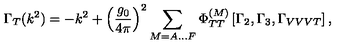
\Gamma _ { T } ( k ^ { 2 } ) = - k ^ { 2 } + \left( \frac { g _ { 0 } } { 4 \pi } \right) ^ { 2 } \sum _ { M = A \ldots F } \Phi _ { T T } ^ { ( M ) } \left[ \Gamma _ { 2 } , \Gamma _ { 3 } , \Gamma _ { V V V T } \right] ,